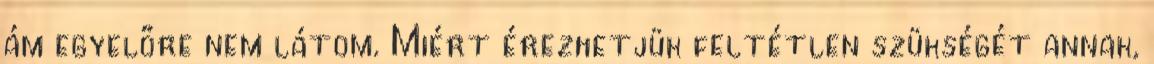
ám egyelőre nem látom. Miért érezhetjük feltétlen szükségét annak,